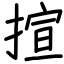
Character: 揎